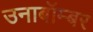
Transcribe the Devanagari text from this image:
उनाबॉम्बर